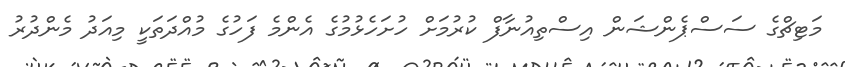
މަޓިޗްގެ ސަސްޕެންޝަން އިސްތިއުނާފް ކުރުމަށް ހުށަހެޅުމުގެ އެންމެ ފަހުގެ މުއްދަތަކީ މިއަދު މެންދުރު